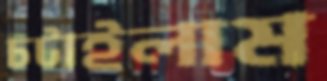
চটাইলাম